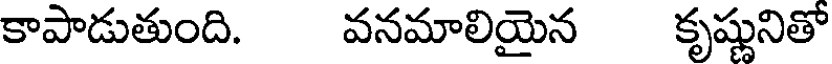
కాపాడుతుంది. వనమాలియైన కృష్ణునితో